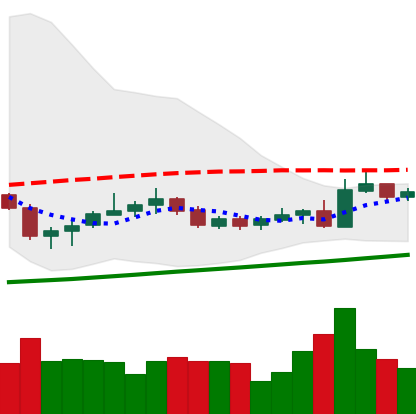
Ticker: NEO-USD
Chart end date: 2020-10-24
Forward return: -16.669%
Label: down_7plus